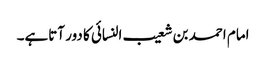
امام احمد بن شعیب النسائی کا دور آتاہے۔